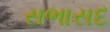
સભાસદ